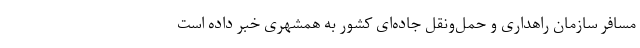
مسافر سازمان راهداری و حمل‌ونقل جاده‌ای کشور به همشهری خبر داده است